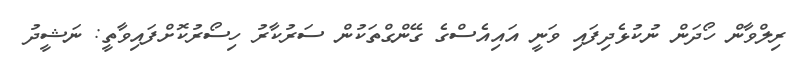
ރިލްވާން ހޯދަން ނުކުޅެދިފައި ވަނީ އައިއެސްގެ ގޭންގްތަކުން ސަރުކާރު ހިސޯރުކޮށްފައިވާތީ: ނަޝީދު